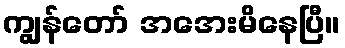
ကျွန်တော် အအေးမိနေပြီ။